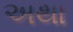
અથા